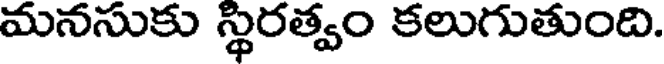
మనసుకు స్థిరత్వం కలుగుతుంది.